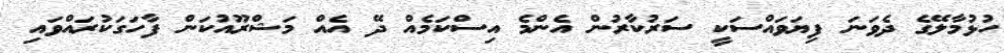
ހުޅުމާލޭގެ ދެވަނަ ފިޔަވައްސަކީ ސަރުކާރުން އެންމެ އިސްކަމެއް ދޭ އެއް މަޝްރޫއުކަން ފާހަގަކުރައްވައި